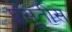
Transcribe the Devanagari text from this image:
प्रसूतीस